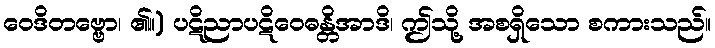
ဝေဒိတဗ္ဗော၊ ၏။) ပဋိညာပဋိဝေဓန္တိအာဒိ၊ ဤသို့ အစရှိသော စကားသည်။